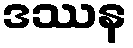
ဒဿန